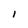
Character: l